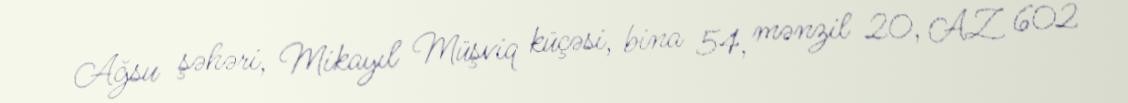
Ağsu şəhəri, Mikayıl Müşviq küçəsi, bina 54, mənzil 20, AZ 602